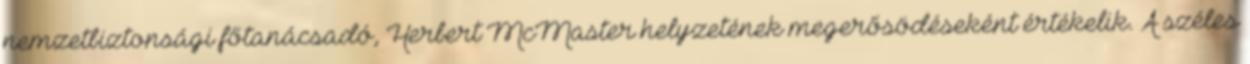
nemzetbiztonsági főtanácsadó, Herbert McMaster helyzetének megerősödéseként értékelik. A széles